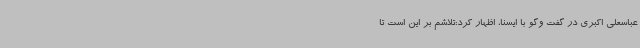
عباسعلی اکبری در گفت وگو با ایسنا، اظهار کرد:تلاشم بر این است تا